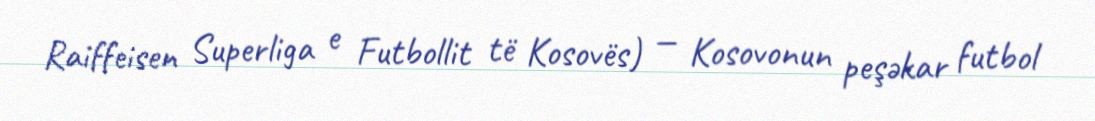
Raiffeisen Superliga e Futbollit të Kosovës) — Kosovonun peşəkar futbol